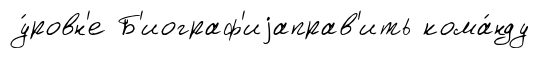
у́ровн'е Б'иограф'иjаправ'ить кома́нду